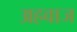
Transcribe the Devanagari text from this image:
अहवाज